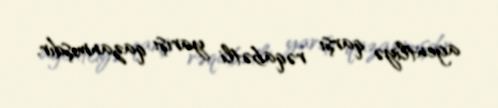
agentliyə qarşı rəqabətli yarışı qazanmışdır.